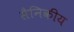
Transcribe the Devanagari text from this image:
सैनिकीय